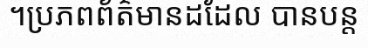
។ប្រភពព័ត៌មានដដែល បានបន្ត